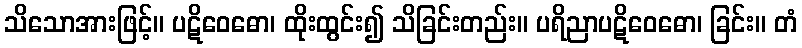
သိသောအားဖြင့်။ ပဋိဝေဓော၊ ထိုးထွင်း၍ သိခြင်းတည်း။ ပရိညာပဋိဝေဓော၊ ခြင်း။ တံ